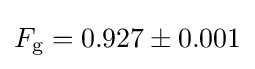
F_{\text{g}}=0.927\pm 0.001